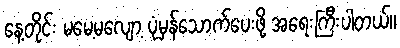
နေ့တိုင်း မမေ့မလျော့ ပုံမှန်သောက်ပေးဖို့ အရေးကြီးပါတယ်။